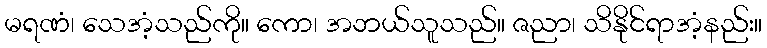
မရဏံ၊ သေအံ့သည်ကို။ ကော၊ အဘယ်သူသည်။ ဇညာ၊ သိနိုင်ရာအံ့နည်း။